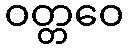
ဝတ္တဝေ